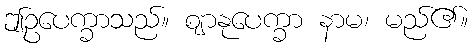
ဤဥပေက္ခာသည်။ ဈာနုပေက္ခာ နာမ၊ မည်၏။